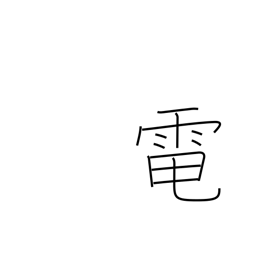
Meaning: electricity